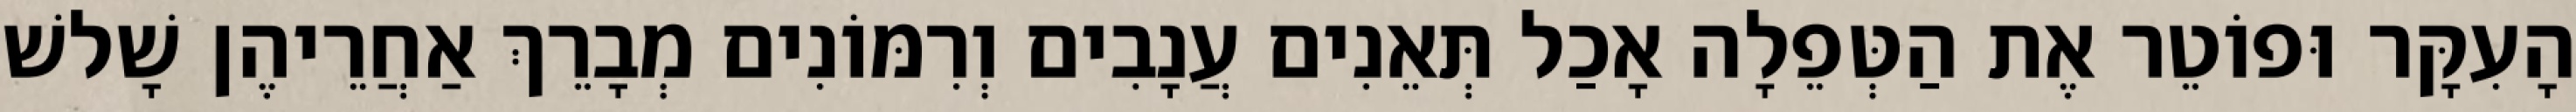
הָעִקָּר וּפוֹטֵר אֶת הַטְּפֵלָה אָכַל תְּאֵנִים עֲנָבִים וְרִמּוֹנִים מְבָרֵךְ אַחֲרֵיהֶן שָׁלשׁ